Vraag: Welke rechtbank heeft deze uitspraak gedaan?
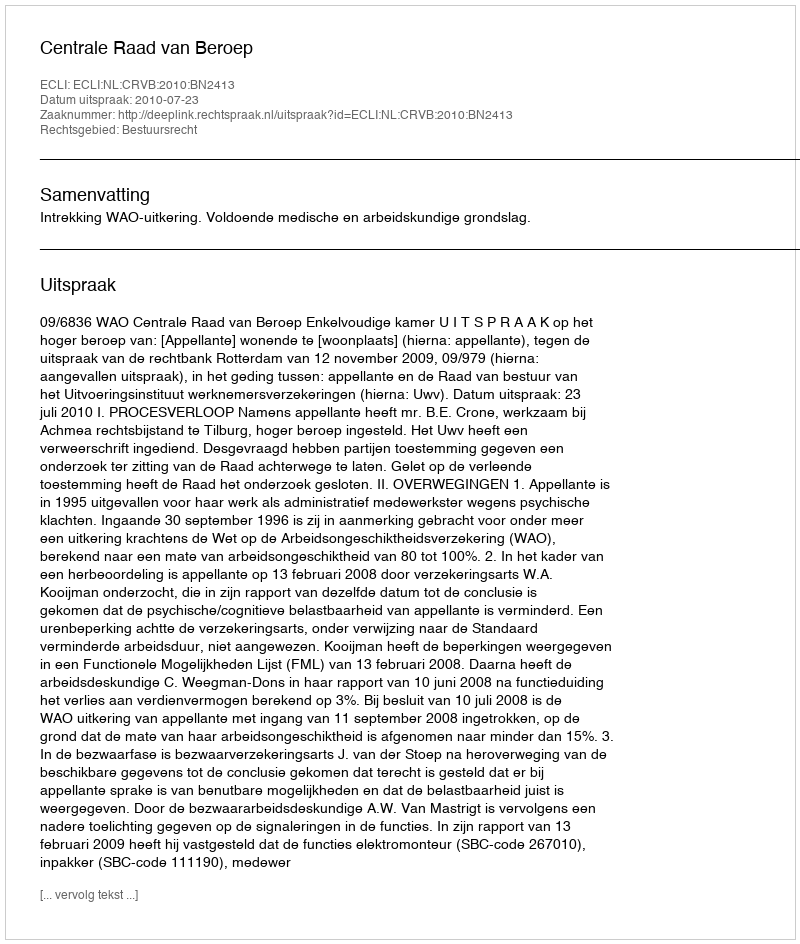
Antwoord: Centrale Raad van Beroep